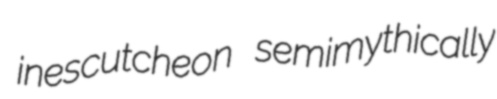
inescutcheon semimythically